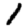
Digit: 1